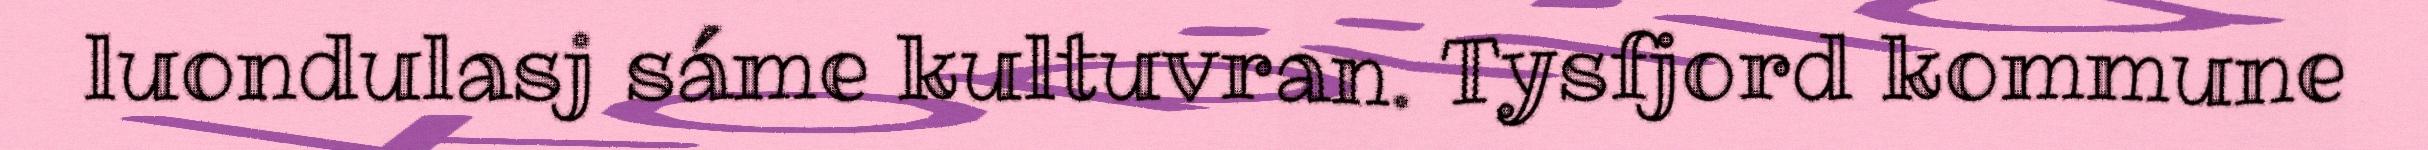
luondulasj sáme kultuvran. Tysfjord kommune